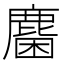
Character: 𪊽